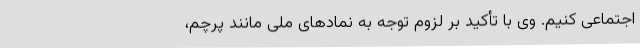
اجتماعی کنیم. وی با تأکید بر لزوم توجه به نمادهای ملی مانند پرچم،